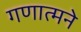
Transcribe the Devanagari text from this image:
गणात्मने